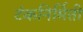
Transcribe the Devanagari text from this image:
टंकनिर्मिती